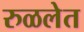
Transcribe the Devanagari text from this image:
रुळलेत